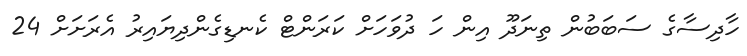
ހާދިސާގެ ސަބަބުން ތިނަދޫ އިން ހަ ދުވަހަށް ކަރަންޓް ކެނޑިގެންދިޔައިރު އެރަށަށް 24